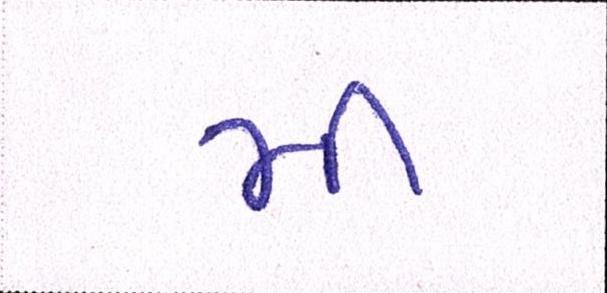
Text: મી